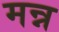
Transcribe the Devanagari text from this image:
मन्न